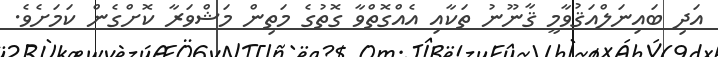
އަދި ބައިނަލްއަޤުވާމީ ޤާނޫނު ތަކާއި އެއްގޮތްވާ ގޮތުގެ މަތިން މަޝްވަރާ ކޮށްގެން ކަމަށެވެ.